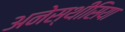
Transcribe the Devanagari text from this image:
अनेस्थीसिया